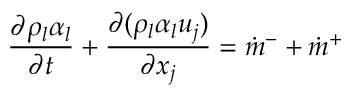
\frac { \partial \rho _ { l } \alpha _ { l } } { \partial t } + \frac { \partial ( \rho _ { l } \alpha _ { l } u _ { j } ) } { \partial x _ { j } } = \dot { m } ^ { - } + \dot { m } ^ { + }